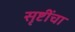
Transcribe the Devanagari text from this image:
सृष्टींचा